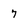
Character: 7